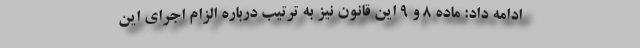
ادامه داد: ماده ۸ و ۹ این قانون نیز به ترتیب درباره الزام اجرای این